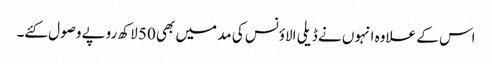
اس کے علاوہ انہوں نے ڈیلی الاؤنس کی مد میں بھی 50 لاکھ روپے وصول کئے۔